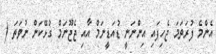
އެންމެ ފުރަތަމަ ޖެހިފައި އިންނަނީ ޑުއަޑީނަމް އާއި ޖެޖޫނަމް ގުޅޭކަން ނުވަތަ (